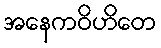
အနေကဝိဟိတေ